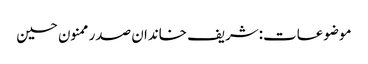
موضوعات:شریف خاندان صدر ممنون حسین